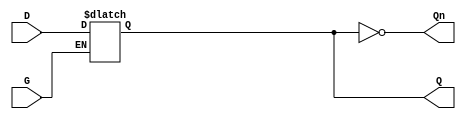
module async_gated_latch (
    input wire D,      // Data input
    input wire G,      // Enable signal
    output reg Q,      // Output
    output wire Qn     // Complement of output
);

// Assign the complement of Q to Qn
assign Qn = ~Q;

// Always block to implement the latch functionality
always @(*) begin
    if (G) begin
        // When G is high, Q follows D
        Q = D;
    end
    // When G is low, Q retains its previous value (hold state)
end

endmodule